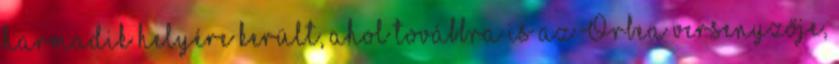
harmadik helyére került, ahol továbbra is az Orbea versenyzője,